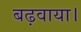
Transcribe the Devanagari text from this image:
बढ़वाया।